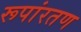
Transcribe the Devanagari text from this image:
रूपांरतण